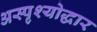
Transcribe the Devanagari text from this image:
अस्पृश्योद्धार